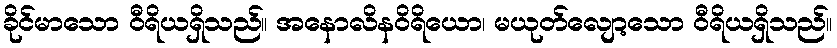
ခိုင်မာသော ဝီရိယရှိသည်။ အနောလိနဝိရိယော၊ မယုတ်လျော့သော ဝီရိယရှိသည်။